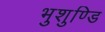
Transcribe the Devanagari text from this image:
भुशुण्डि